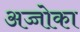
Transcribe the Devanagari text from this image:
अच्चोका